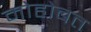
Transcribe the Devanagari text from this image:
मोहोबत